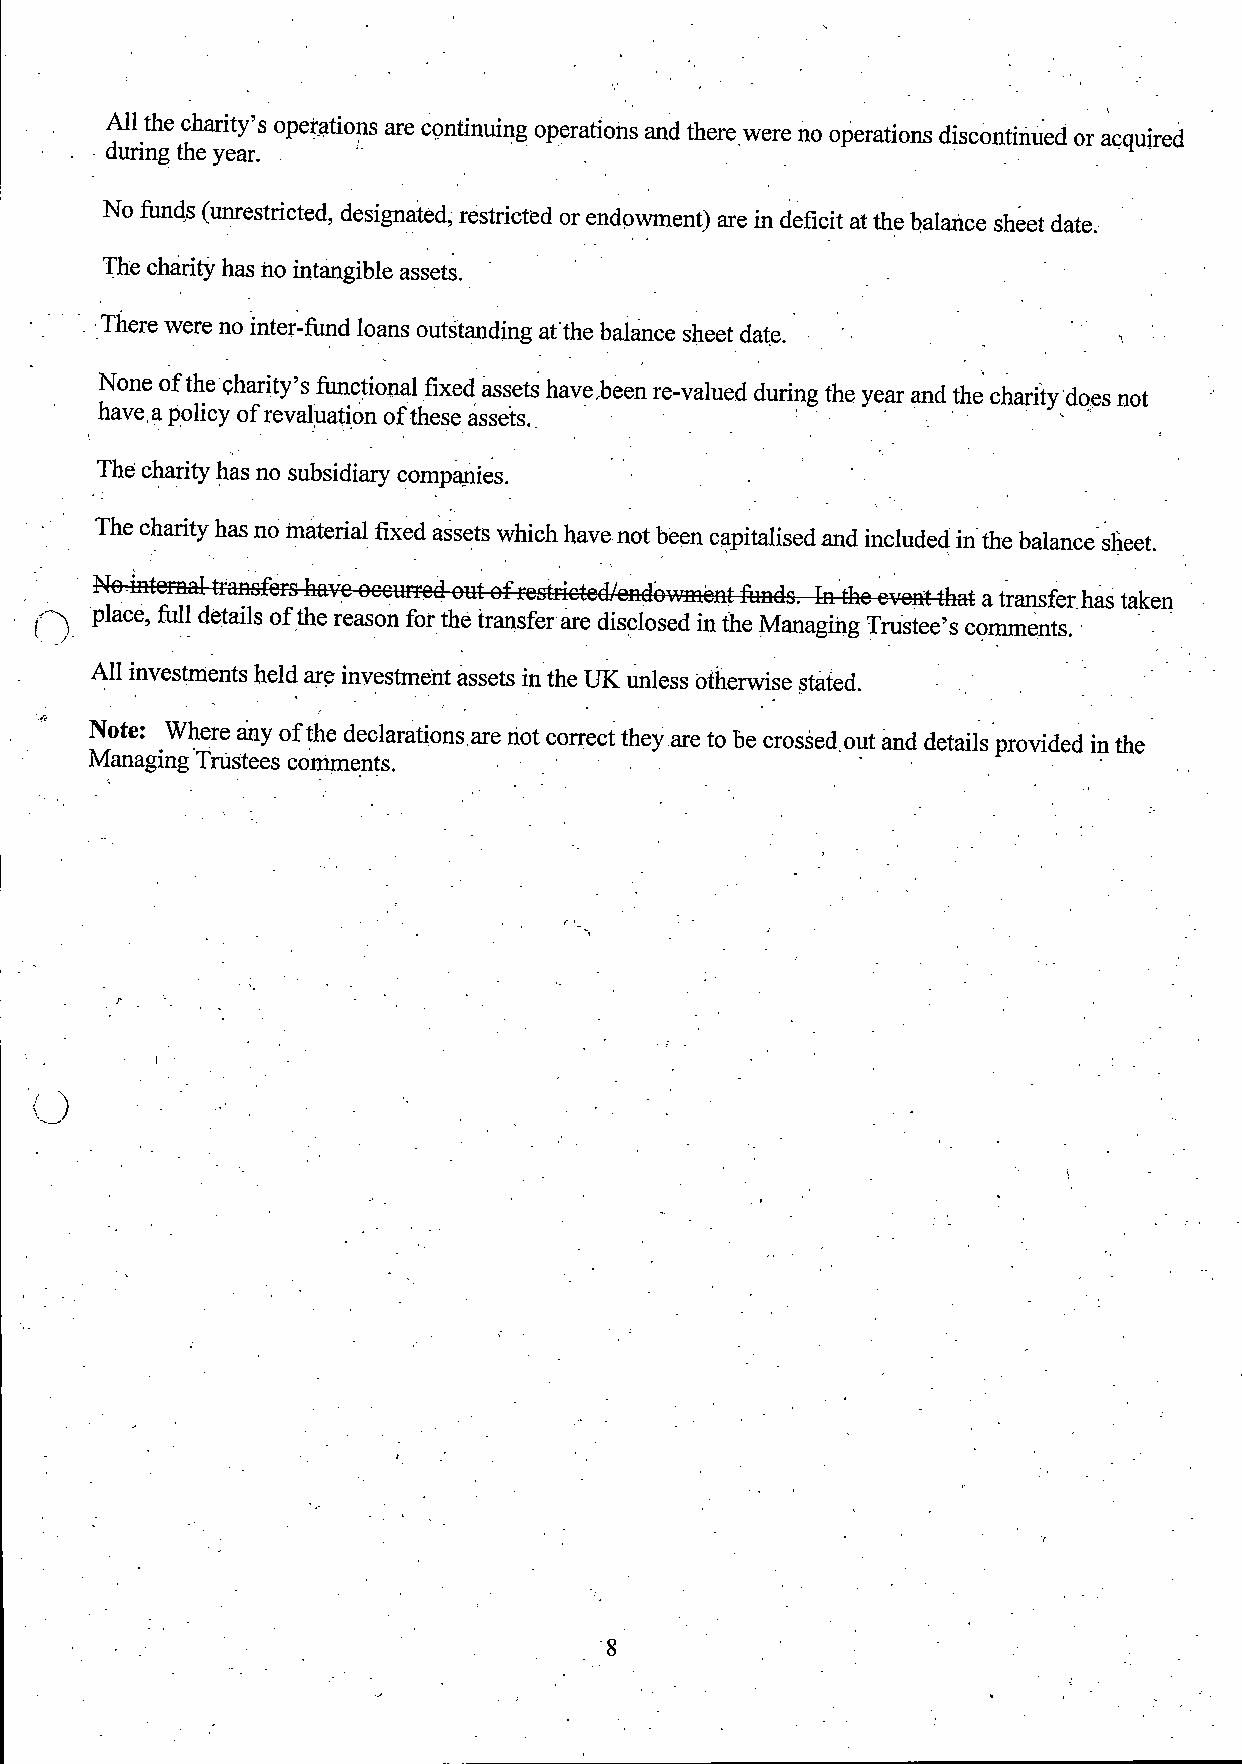
All the charity's operations are continuing operations and there were no operations discontinued or acquired
 during the year.
 No funds (unrestricted, designated, restricted or endowment) are in deficit at the balance sheet date.
 The charity has no intangible assets.
 There were no inter-fund loans outstanding at. the balance sheet date.
 None of the charity's functional fixed assets have,been re-valued during the year and the charity does not
 have,a policy of revaluation of these assets. .
 The charity has no subsidiary companies.
 The charity has no material fixed assets which have not been capitalised and included in the balance sheet.
 Ne,ifiternal-ttansfers-liaveeeuffeEl-out-of-restfiet-e€11-enclowfuent-fundsAn-the-event-t-hat
 a transfer has taken
 —) place, full details of the reason for the transfer are disclosed in the Managing Trustee's comments.
 All investments held are investment assets in the UK unless otherwise stated.
 Note: Where any of the declarations are riot correct they are to be cros§ed out and details provided in the
 Managing.trUstees comments.